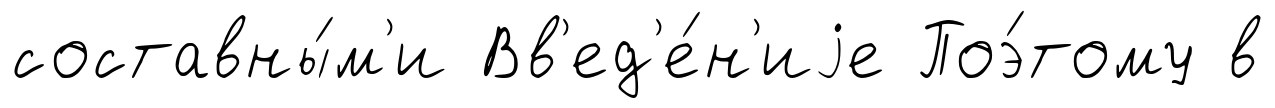
составны́м'и Вв'ед'е́н'иjе Поэ́тому в